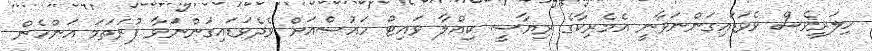
ހިލަރީވެސް ވެވަޑައިގަންނަވާނީ އެމެރިކާގެ ރިޔާސީ ކިއްލާ ވައިޓް ހައުސްއަށް ވެދެވަޑައިގަންނަވާ ފުރަތަމަ އަންހެން